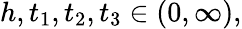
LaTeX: h,t_{1},t_{2},t_{3}\in(0,\infty),